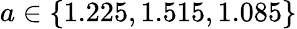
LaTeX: a\in\{ 1.225,1.515,1.085\}